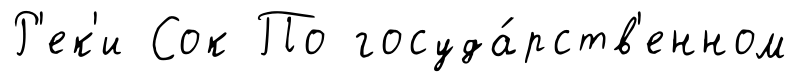
Р'ек'и Сок По госуда́рств'енном